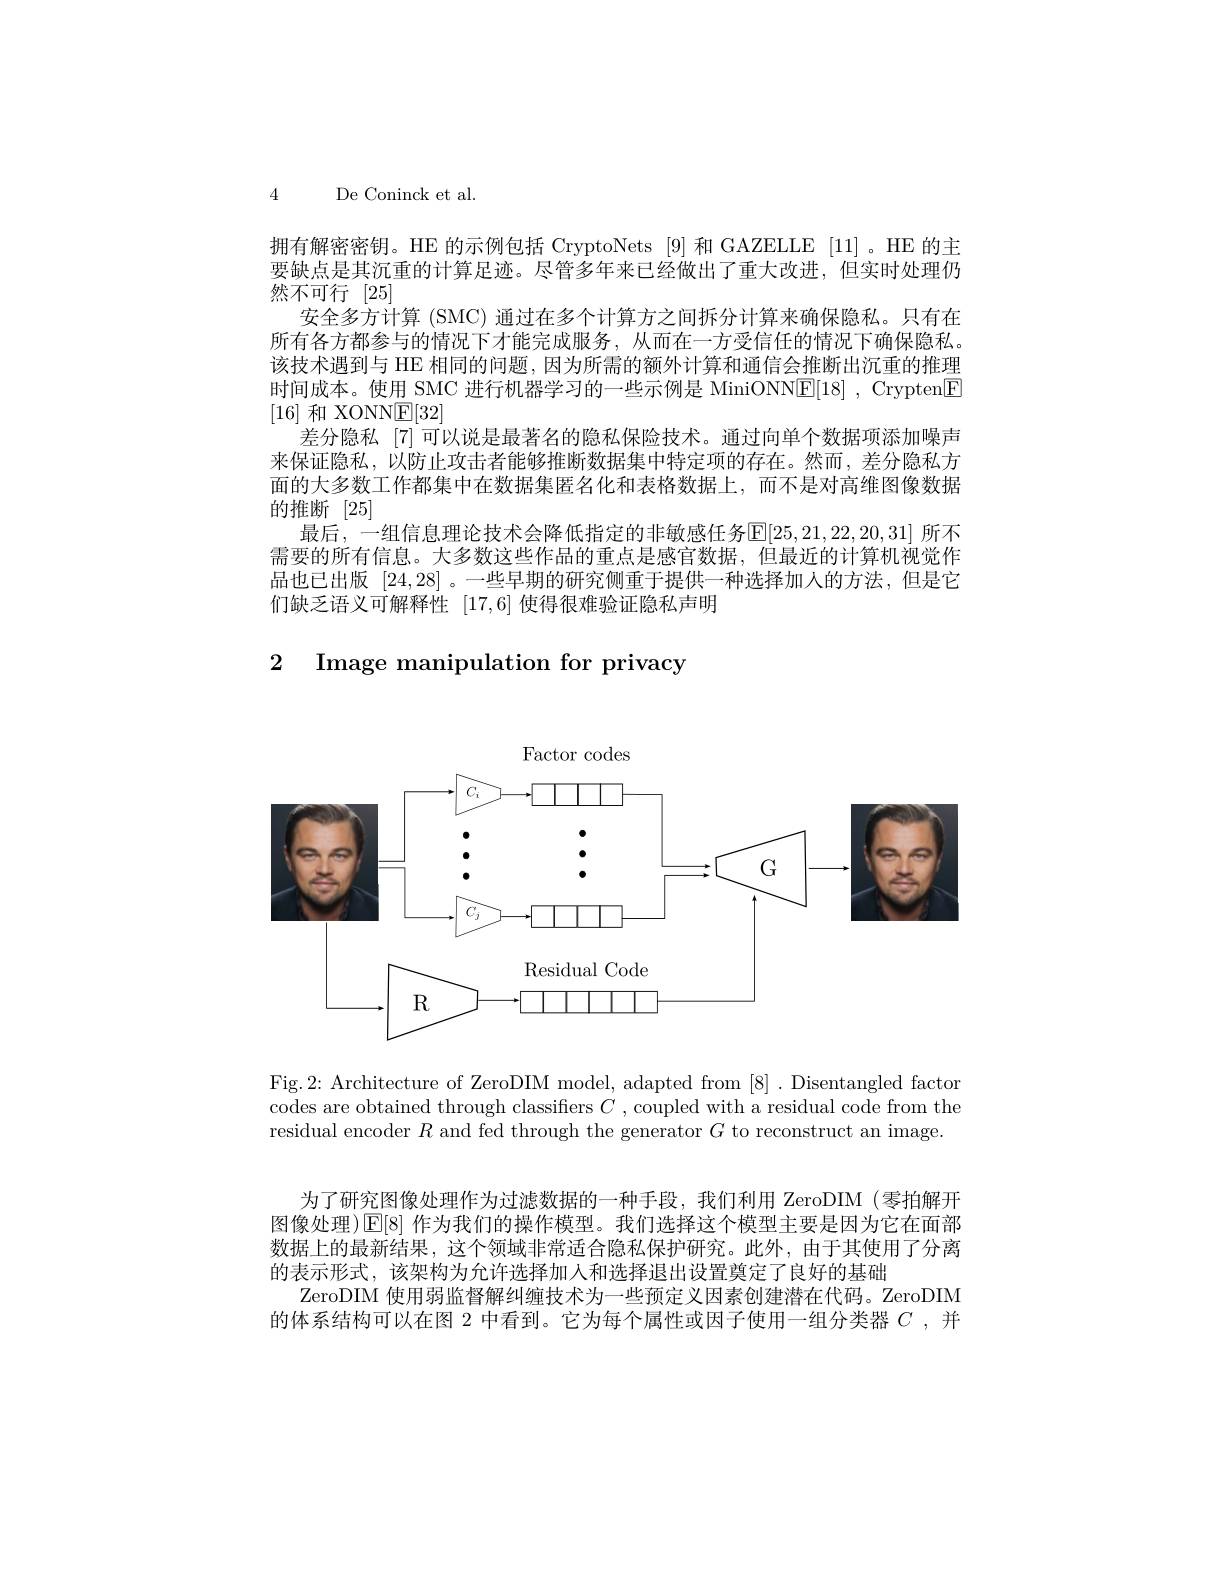
4 De Coninck et al.

拥有解密密钥。HE 的示例包括 CryptoNets [9] 和 GAZELLE [11] 。HE 的主要缺点是其沉重的计算足迹。尽管多年来已经做出了重大改进，但实时处理仍然不可行[25]
安全多方计算 (SMC) 通过在多个计算方之间拆分计算来确保隐私。只有在所有各方都参与的情况下才能完成服务，从而在一方受信任的情况下确保隐私。该技术遇到与 HE 相同的问题，因为所需的额外计算和通信会推断出沉重的推理时间成本。使用 SMC 进行机器学习的一些示例是 MiniONNE[18] , Crypten[F [16]和 XONNE[32]
差分隐私「7]可以说是最著名的隐私保险技术。通过向单个数据项添加噪声来保证隐私，以防止攻击者能够推断数据集中特定项的存在。然而，差分隐私方面的大多数工作都集中在数据集匿名化和表格数据上，而不是对高维图像数据的推断 [25]
最后，一组信息理论技术会降低指定的非敏感任务$\mathbb{E}[25,21,22,20,31]$ 所不需要的所有信息。大多数这些作品的重点是感官数据，但最近的计算机视觉作品也已出版[24,28] 。一些早期的研究侧重于提供一种选择加入的方法，但是它们缺乏语义可解释性[17,6]使得很难验证隐私声明

### 2 Image manipulation for privacy

<FigureHere>

Fig.2: Architecture of ZeroDIM model, adapted from [8]. Disentangled facton codes are obtained through classifiers $C$ , coupled with a residual code from the residual encoder $R$ and fed through the generator $G$ to reconstruct an image.

为了研究图像处理作为过滤数据的一种手段，我们利用 ZeroDIM (零拍解开图像处理)[E[8] 作为我们的操作模型。我们选择这个模型主要是因为它在面部数据上的最新结果，这个领域非常适合隐私保护研究。此外，由于其使用了分离的表示形式，该架构为允许选择加入和选择退出设置奠定了良好的基础
ZeroDIM 使用弱监督解纠缠技术为一些预定义因素创建潜在代码。ZeroDIM 的体系结构可以在图 2 中看到。它为每个属性或因子使用一组分类器$C$ ,并